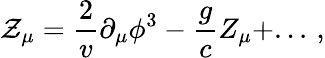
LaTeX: {\cal Z}_{\mu}=\frac{2}{v}\partial_{\mu}\phi^{3}-\frac{g}{c}Z_{\mu}+...\, ,